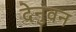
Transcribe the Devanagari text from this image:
देनुवन